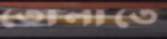
তোলাতে